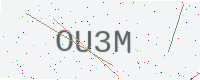
Text: OU3M